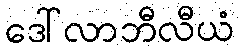
ဒေါ်လာဘီလီယံ